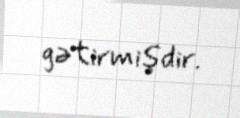
gətirmişdir.